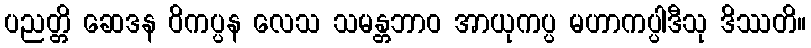
ပညတ္တိ ဆေဒန ဝိကပ္ပန လေသ သမန္တဘာဝ အာယုကပ္ပ မဟာကပ္ပါဒီသု ဒိဿတိ။